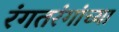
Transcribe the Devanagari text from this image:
रंगतरंगांच्या